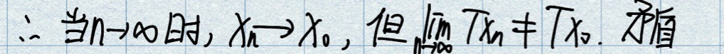
\(\therefore\)当\(n\rightarrow\infty\)时，\(x_{n}\rightarrow x_{0}\)，但\(\lim\limits_{n\rightarrow\infty}T_{x_{n}}\neq T_{x_{0}}\)，矛盾